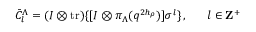
\bar { C } _ { l } ^ { \Lambda } = ( I \otimes \mathrm { t r } ) \{ [ I \otimes \pi _ { \Lambda } ( q ^ { 2 h _ { \rho } } ) ] \sigma ^ { l } \} \, , ~ ~ ~ ~ ~ l \in { \bf Z } ^ { + }